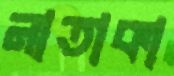
নাতাকা